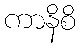
ကာနိစိ